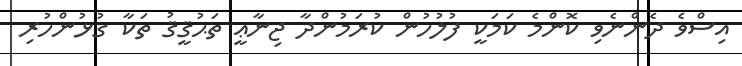
އިސްވެ ދެންނެވި ކޮންމެ ކަމަކީ ފުލުހުން ކުރަމުންދާ ޖިނާޢީ ތަޙުޤީޤު ތަކާ ގުޅުންހުރި